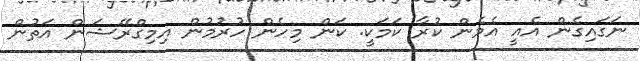
ނަގައިގެން އެއީ އެމެން ކުރާ ކަމަކީ. ކަން މިހެން ހުރުމުން އިމިގްރޭޝަން އަތުން